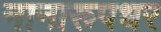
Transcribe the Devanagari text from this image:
नानारूपधर